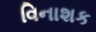
વિનાશક